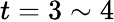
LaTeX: t=3\sim 4